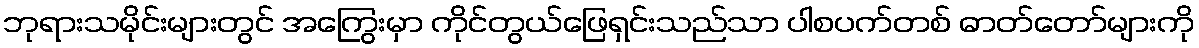
ဘုရားသမိုင်းများတွင် အကြွေးမှာ ကိုင်တွယ်ဖြေရှင်းသည်သာ ပါစပက်တစ် ဓာတ်တော်များကို